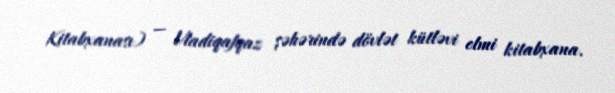
Kitabxanası) — Vladiqafqaz şəhərində dövlət kütləvi elmi kitabxana.